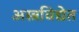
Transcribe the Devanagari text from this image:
अस्त्रविद्येत